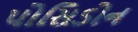
પોસિડોન